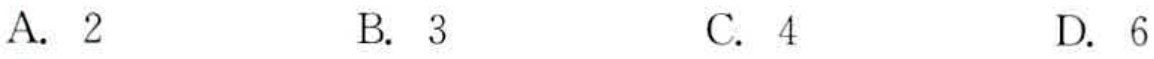
A. \(2\)  B. \(3\)  C. \(4\)  D. \(6\)